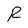
Character: g